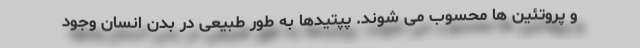
و پروتئین ها محسوب می شوند. پپتیدها به طور طبیعی در بدن انسان وجود